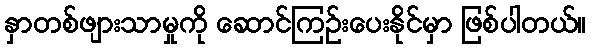
နှာတစ်ဖျားသာမှုကို ဆောင်ကြဉ်းပေးနိုင်မှာ ဖြစ်ပါတယ်။